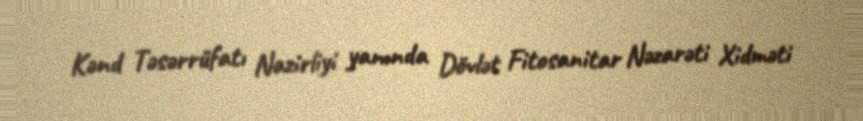
Kənd Təsərrüfatı Nazirliyi yanında Dövlət Fitosanitar Nəzarəti Xidməti